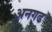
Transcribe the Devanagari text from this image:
अनगढ